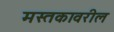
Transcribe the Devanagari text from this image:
मस्तकावरील